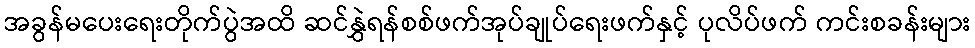
အခွန်မပေးရေးတိုက်ပွဲအထိ ဆင်နွှဲရန်စစ်ဖက်အုပ်ချုပ်ရေးဖက်နှင့် ပုလိပ်ဖက် ကင်းစခန်းများ